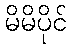
မိမိပိုင်